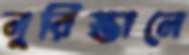
নুরিস্তানে